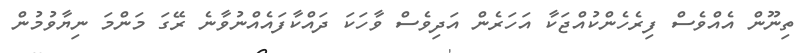
ތިނޫން އެއްވެސް ފިރެހެންކުއްޖަކާ އަހަރެން އަދިވެސް ވާހަކަ ދައްކާފައެއްނުވާނެ ރޭގަ މަންމަ ނިޔާވުމުން